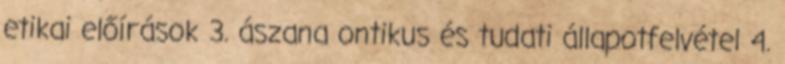
etikai előírások 3. ászana ontikus és tudati állapotfelvétel 4.